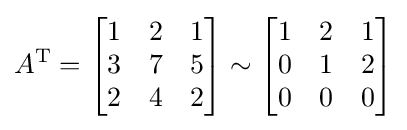
A^{\mathrm {T} }={\begin{bmatrix}1&2&1\\3&7&5\\2&4&2\end{bmatrix}}\sim {\begin{bmatrix}1&2&1\\0&1&2\\0&0&0\end{bmatrix}}